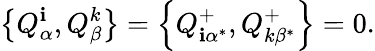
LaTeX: \left\{ Q_{\alpha}^{\mathbf{i}},Q_{\beta}^{k}\right\} =\left\{ Q_{\mathbf{i}\alpha^{*}}^{+},Q_{k\beta^{*}}^{+}\right\} =0.